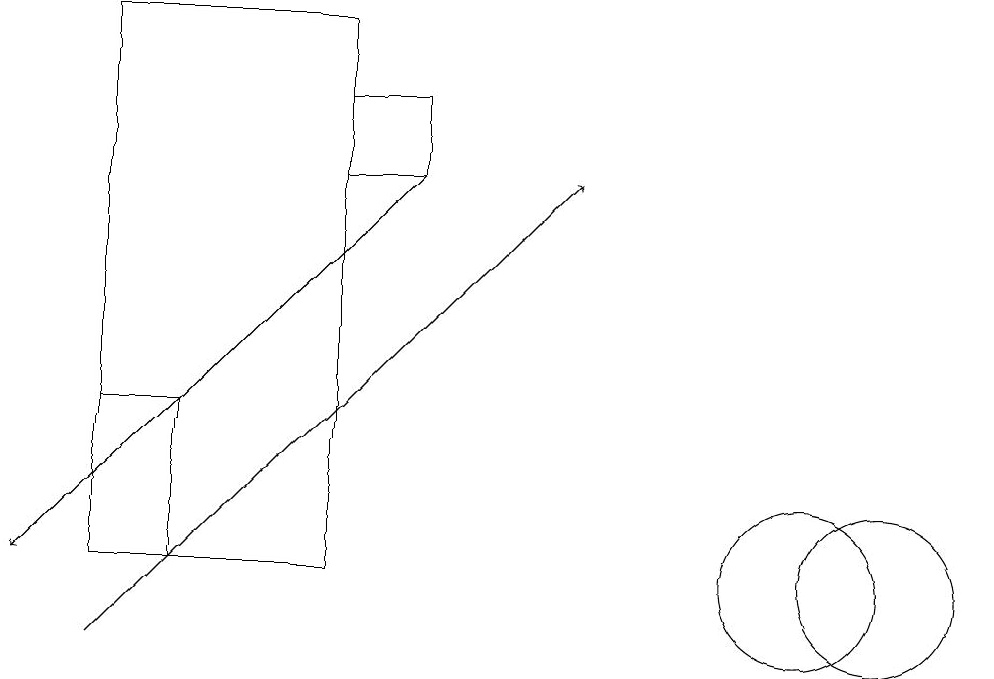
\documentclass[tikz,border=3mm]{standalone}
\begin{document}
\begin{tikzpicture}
\draw[->] (2,10) -- (8,16);
\draw (11,11) circle (1);
\draw (5,18) rectangle (2,11);
\draw[->] (6,16) -- (1,11);
\draw (5,16) rectangle (6,17);
\draw (12,11) circle (1);
\draw (3,11) rectangle (2,13);
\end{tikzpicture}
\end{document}